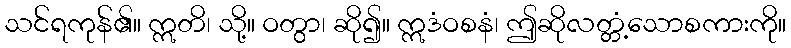
သင်ရကုန်၏။ ဣတိ၊ သို့။ ဝတွာ၊ ဆို၍။ ဣဒံဝစနံ၊ ဤဆိုလတ္တံ့သောစကားကို။